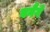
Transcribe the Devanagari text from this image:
बनैंगे